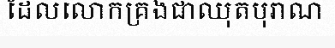
ដែលលោកគ្រងជាឈុតបុរាណ